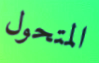
المتحول